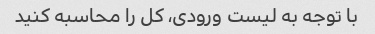
با توجه به لیست ورودی، کل را محاسبه کنید